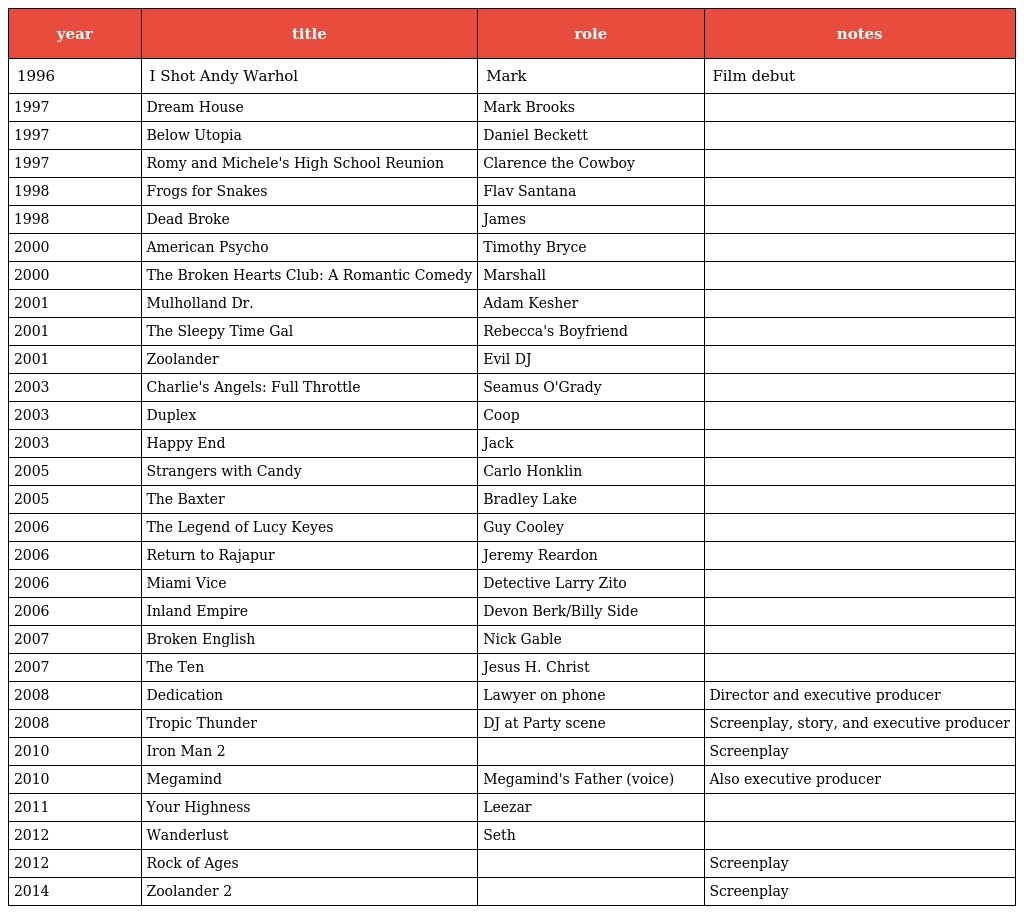
| year | title | role | notes |
 | --- | --- | --- | --- |
 | 1996 | I Shot Andy Warhol | Mark | Film debut |
 | 1997 | Dream House | Mark Brooks |  |
 | 1997 | Below Utopia | Daniel Beckett |  |
 | 1997 | Romy and Michele's High School Reunion | Clarence the Cowboy |  |
 | 1998 | Frogs for Snakes | Flav Santana |  |
 | 1998 | Dead Broke | James |  |
 | 2000 | American Psycho | Timothy Bryce |  |
 | 2000 | The Broken Hearts Club: A Romantic Comedy | Marshall |  |
 | 2001 | Mulholland Dr. | Adam Kesher |  |
 | 2001 | The Sleepy Time Gal | Rebecca's Boyfriend |  |
 | 2001 | Zoolander | Evil DJ |  |
 | 2003 | Charlie's Angels: Full Throttle | Seamus O'Grady |  |
 | 2003 | Duplex | Coop |  |
 | 2003 | Happy End | Jack |  |
 | 2005 | Strangers with Candy | Carlo Honklin |  |
 | 2005 | The Baxter | Bradley Lake |  |
 | 2006 | The Legend of Lucy Keyes | Guy Cooley |  |
 | 2006 | Return to Rajapur | Jeremy Reardon |  |
 | 2006 | Miami Vice | Detective Larry Zito |  |
 | 2006 | Inland Empire | Devon Berk/Billy Side |  |
 | 2007 | Broken English | Nick Gable |  |
 | 2007 | The Ten | Jesus H. Christ |  |
 | 2008 | Dedication | Lawyer on phone | Director and executive producer |
 | 2008 | Tropic Thunder | DJ at Party scene | Screenplay, story, and executive producer |
 | 2010 | Iron Man 2 |  | Screenplay |
 | 2010 | Megamind | Megamind's Father (voice) | Also executive producer |
 | 2011 | Your Highness | Leezar |  |
 | 2012 | Wanderlust | Seth |  |
 | 2012 | Rock of Ages |  | Screenplay |
 | 2014 | Zoolander 2 |  | Screenplay |